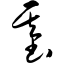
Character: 基